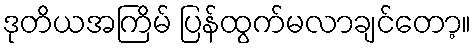
ဒုတိယအကြိမ် ပြန်ထွက်မလာချင်တော့။